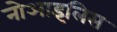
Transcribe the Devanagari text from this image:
नोआइलिस